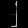
Digit: ၂